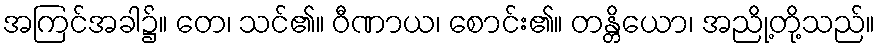
အကြင်အခါ၌။ တေ၊ သင်၏။ ဝီဏာယ၊ စောင်း၏။ တန္တိယော၊ အညို့တို့သည်။